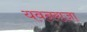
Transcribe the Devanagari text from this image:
यवनराजा